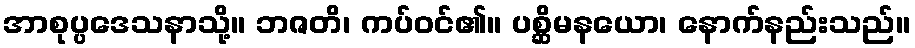
အာစုပ္ပဒေသနာသို့။ ဘဇတိ၊ ကပ်ဝင်၏။ ပစ္ဆိမနယော၊ နောက်နည်းသည်။